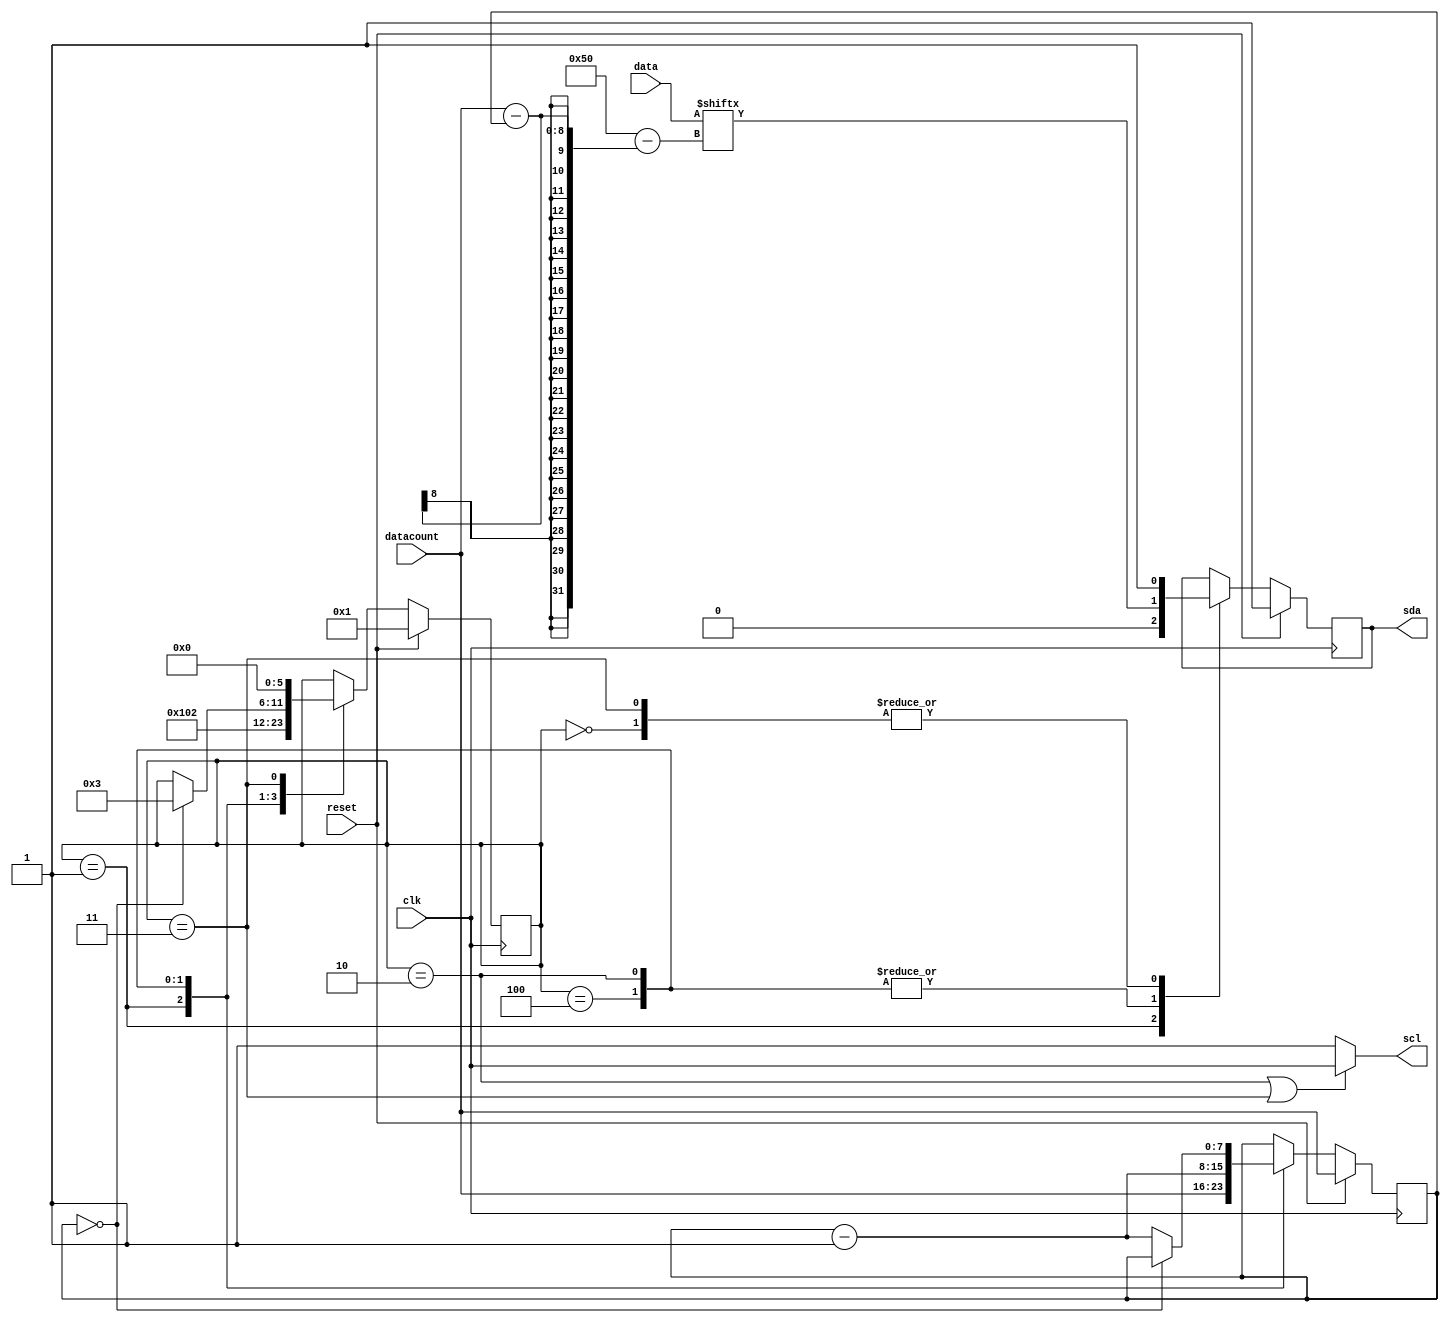
`timescale 1ns / 1ps
//////////////////////////////////////////////////////////////////////////////////
// Company: 
// Engineer: 
// 
// Design Name: 
// Module Name: i2cmaster
// Project Name: 
// Target Devices: 
// Tool Versions: 
// Description: 
// 
// Dependencies: 
// 
// Revision:
// Revision 0.01 - File Created
// Additional Comments:
// 
//////////////////////////////////////////////////////////////////////////////////


module i2cmaster(
input wire reset,   //starts i2c transmission on a falling edge
input wire clk,     //output clock
input wire [80:0] data,  // data is left-justified
input wire [7:0] datacount,
output reg scl=1,    //i2c scl
output reg sda=1     //i2c sda
    );
    //reg [80:0] actual_data;
    //assign actual_data[80:0] = {data[71:64], 1'b1, data[63:56], 1'b1, data[55:48], 1'b0, data[47:40], 1'b0, data[39:18], 1'b0, data[31:17], 1'b0, data[23:16], 1'b0, data[15:8], 1'b0, data[7:0], 1'b0};
    //wire [7:0] tdata = data[71:64];
    reg [7:0] curbit=0;
    reg [5:0] curstate=0;
    parameter RESET=0;
    parameter START_CONDITION = 1;
    parameter SHIFT_OUT = 2;
    parameter STOP_CONDITION = 3;
    parameter WAIT_STATE = 4;
    
    always @*
        begin
            if(curstate==SHIFT_OUT || curstate==STOP_CONDITION)
                begin
                scl=clk;
                end
            else
                begin
                scl=1;
                end
        end
    
    always @(negedge clk)
    begin
        if(reset)
            begin
            curstate<=START_CONDITION;
            sda<=1;
            curbit<=datacount;
            end
        else
            begin
                case(curstate)
                RESET:
                    begin
                    sda<=1;
                    end
                START_CONDITION:
                    begin
                        sda<=0;
                        curstate<=WAIT_STATE;
                        curbit<=datacount;
                    end
                WAIT_STATE:
                    begin
                        curstate<=SHIFT_OUT;
                        sda<=data[80 - (datacount - curbit)];
                        curbit<=curbit-1;
                    end
                SHIFT_OUT:
                    begin
                    sda<=data[80 - (datacount - curbit)];
                        if (curbit==0)
                            begin
                                curstate<=STOP_CONDITION;
                                
                                //sda<=1;
                            end
                        else
                            begin
                                //sda<=data[80 - (datacount - curbit)];
                                curbit<=curbit-1;
                            end
                    end
                STOP_CONDITION:
                    begin
                        sda<=1;
                        curstate<=RESET;
                    end
                endcase
            end
    end
endmodule